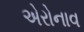
એરોનાવ